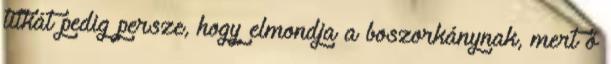
titkát pedig persze, hogy elmondja a boszorkánynak, mert ő